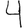
Digit: 4